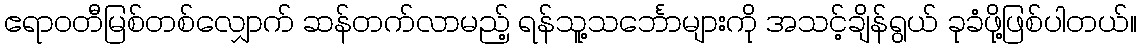
ဧရာဝတီမြစ်တစ်လျှောက် ဆန်တက်လာမည့် ရန်သူ့သင်္ဘောများကို အသင့်ချိန်ရွယ် ခုခံဖို့ဖြစ်ပါတယ်။